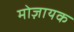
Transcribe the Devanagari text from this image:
मोज़ायक